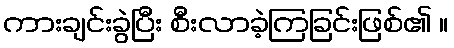
ကားချင်းခွဲပြီး စီးလာခဲ့ကြခြင်းဖြစ်၏ ။